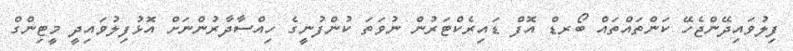
ފިލުވައިދޭންޖެހޭ ކަންތައްތައް ބޯރޑް އޮފް ޑައިރެކްޓަރުން ނުވަތަ ކުންފުނީގެ ހިއްސާދާރުންނަށް އޮޅުފިލުވައިދީ މީޓިންގް